Report of the Indian Hemp Drugs Commission, 1894-1895 - Volume V
Year: 1894
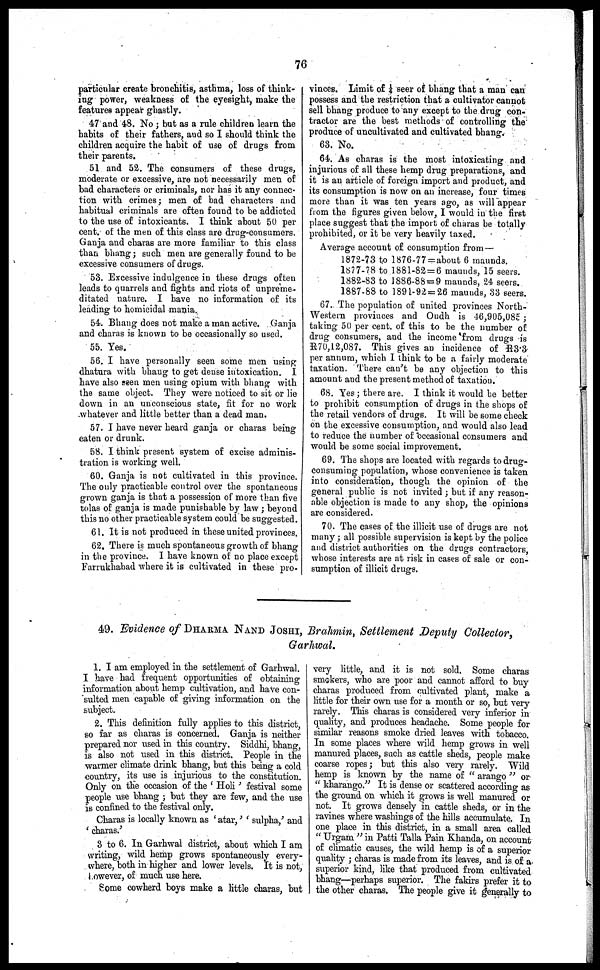
76
particular create bronchitis, asthma, loss of think-
ing power, weakness of the eyesight, make the
features appear ghastly.
47 and 48. No ; but as a rule children learn the
habits of their fathers, and so I should think the
children acquire the habit of use of drugs from
their parents.
51 and 52. The consumers of these drugs,
moderate or excessive, are not necessarily men of
bad characters or criminals, nor has it any connec-
tion with crimes ; men of bad characters and
habitual criminals are often found to be addicted
to the use of intoxicants. I think about 50 per
cent. of the men of this class are drug-consumers.
Ganja and charas are more familiar to this class
than bhang ; such men are generally found to be
excessive consumers of drugs.
53. Excessive indulgence in these drugs often
leads to quarrels and fights and riots of unpreme-
ditated nature. I have no information of its
leading to homicidal mania
54. Bhang does not make a man active. Ganja
and charas is known to be occasionally so used.
55. Yes.
56. I have personally seen some men usiug
dhatura with bhang to get dense intoxication. I
have also seen men using opium with bhang with
the same object. They were noticed to sit or lie
down in an unconscious state, fit for no work
whatever and little better than a dead man.
57. I have never heard ganja or charas being
eaten or drunk.
58. I think present system of excise adminis-
tration is working well.
60. Ganja is not cultivated in this province.
The only practicable control over the spontaneous
grown ganja is that a possession of more than five
tolas of ganja is made punishable by law ; beyond
this no other practicable system could be suggested.
61. It is not produced in these united provinces.
62. There is much spontaneous growth of bhang
in the province. I have known of no place except
Farrukhabad where it is cultivated in these pro-
vinces. Limit of ¼ seer of bhang that a man can
possess and the restriction that a cultivator cannot
sell bhang produce to any except to the drug con-
tractor are the best methods of controlling the
produce of uncultivated and cultivated bhang.
63. No.
64. As charas is the most intoxicating and
injurious of all these hemp drug preparations, and
it is an article of foreign import and product, and
its consumption is now on an increase, four times
more than it was ten years ago, as will appear
from the figures given below, I would in the first
place suggest that the import of charas be totally
prohibited, or it be very heavily taxed.
Average account of consumption from—
1872-73 to 1876-77 = about 6 maunds.
1877-78 to 1881-82 = 6 maunds, 15 seers.
1882-83 to 1886-88 = 9 maunds, 24 seers.
1887-88 to 1891-92 = 26 maunds, 33 seers.
67. The population of united provinces North-
Western provinces and Oudh is 46,905,085 ;
taking 50 per cent. of this to be the number of
drug consumers, and the income from drugs is
R70,12,087. This gives an incidence of R3.3
per annum, which I think to be a fairly moderate
taxation. There can't be any objection to this
amount and the present method of taxation.
68. Yes ; there are. I think it would be better
to prohibit consumption of drugs in the shops of
the retail vendors of drugs. It will be some check
on the excessive consumption, and would also lead
to reduce the number of occasional consumers and
would be some social improvement.
69. The shops are located with regards to drug-
consuming population, whose convenience is taken
into consideration, though the opinion of the
general public is not invited ; but if any reason-
able objection is made to any shop, the opinions
are considered.
70. The cases of the illicit use of drugs are not
many ; all possible supervision is kept by the police
and district authorities on the drugs contractors,
whose interests are at risk in cases of sale or con-
sumption of illicit drugs.
49. Evidence of DHARMA NAND JOSHI, Brahmin, Settlement Deputy Collector,
Garhwal.
1. I am employed in the settlement of Garhwal.
I have had frequent opportunities of obtaining
information about hemp cultivation, and have con-
sulted men capable of giving information on the
subject.
2. This definition fully applies to this district,
so far as charas is concerned. Ganja is neither
prepared nor used in this country. Siddhi, bhang,
is also not used in this district. People in the
warmer climate drink bhang, but this being a cold
country, its use is injurious to the constitution.
Only on the occasion of the 'Holi' festival some
people use bhang ; but they are few, and the use
is confined to the festival only.
Charas is locally known as 'atar,' 'sulpha,' and
'charas.'
3 to 6. In Garhwal district, about which I am
writing, wild hemp grows spontaneously every-
where, both in higher and lower levels. It is not,
Lowever, of much use here.
Some cowherd boys make a little charas, but
very little, and it is not sold. Some charas
smokers, who are poor and cannot afford to buy
charas produced from cultivated plant, make a
little for their own use for a month or so, but very
rarely. This charas is considered very inferior in
quality, and produces headache. Some people for
similar reasons smoke dried leaves with tobacco.
In some places where wild hemp grows in well
manured places, such as cattle sheds, people make
coarse ropes ; but this also very rarely. Wild
hemp is known by the name of "arango" or
"kharango." It is dense or scattered according as
the ground on winch it grows is well manured or
not. It grows densely in cattle sheds, or in the
ravines where washings of the hills accumulate. In
one place in this district, in a small area called
"Urgam" in Patti Talla Pain Khanda, on account
of climatic causes, the wild hemp is of a superior
quality ; charas is made from its leaves, and is of a
superior kind, like that produced from cultivated
bhang—perhaps superior. The fakirs prefer it to
the other charas. The people give it generally to